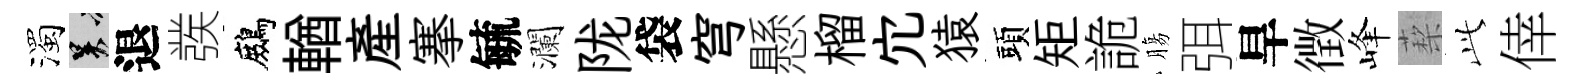
濁吴退彂鷓輶産搴毓瀾陇袋穹懸榴宂猿頭矩詭膓弭旱徴峰蔾𬼘倖